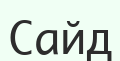
Сайд